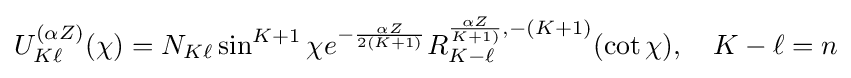
U_{K\ell }^{(\alpha Z)}(\chi )=N_{K\ell }\sin ^{K+1}\chi e^{-{\frac {\alpha Z}{2(K+1)}}}R_{K-\ell }^{{\frac {\alpha Z}{K+1)}},-(K+1)}(\cot \chi ),\quad K-\ell =n